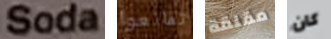
Soda تمانعوا مقلقة كان